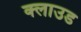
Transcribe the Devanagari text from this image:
क्‍लाउड